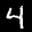
Label: 4